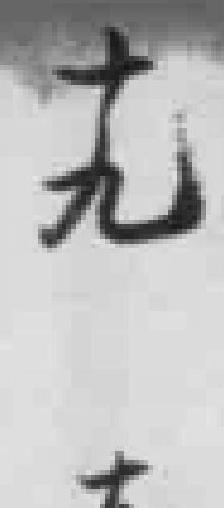
十九